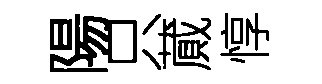
陽只蕆惇